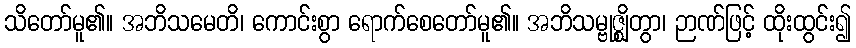
သိတော်မူ၏။ အဘိသမေတိ၊ ကောင်းစွာ ရောက်စေတော်မူ၏။ အဘိသမ္ဗုဇ္ဈိတွာ၊ ဉာဏ်ဖြင့် ထိုးထွင်း၍